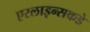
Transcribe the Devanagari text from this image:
एरलाइन्सकडे